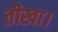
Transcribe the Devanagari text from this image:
तीखा।